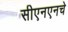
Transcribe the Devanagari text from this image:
सीएनएनचे